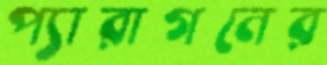
প্যারাগনের